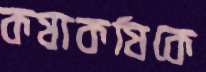
কষাকষিকে